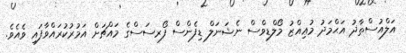
އަލްއުސްތާޛު އަޙްމަދު މުޢިއްޒު މޯލްޑިވްސް ނެޝަނަލް ޑިފެންސް ފޯރސަސްގެ މައްޗަށް އަމުރުކުރައްވާފައި ވެއެވެ.